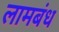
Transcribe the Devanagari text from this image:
लामबंध